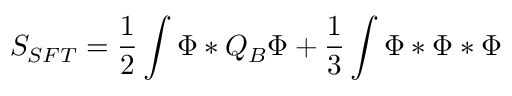
S _ { S F T } = \frac 1 2 \int \Phi * Q _ { B } \Phi + \frac 1 3 \int \Phi * \Phi * \Phi